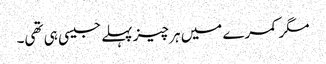
مگر کمرے میں ہر چیز پہلے جیسی ہی تھی۔